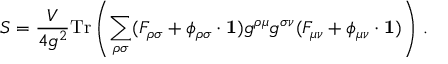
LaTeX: S = \frac { V } { 4 g ^ { 2 } } \mathrm { T r } \left( \sum _ { \rho \sigma } ( F _ { \rho \sigma } + \phi _ { \rho \sigma } \cdot { \bf 1 } ) g ^ { \rho \mu } g ^ { \sigma \nu } ( F _ { \mu \nu } + \phi _ { \mu \nu } \cdot { \bf 1 } ) \right) \, .